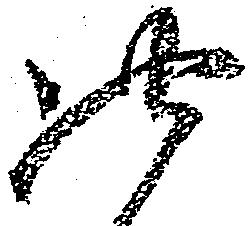
此